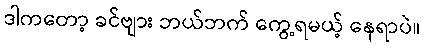
ဒါကတော့ ခင်ဗျား ဘယ်ဘက် ကွေ့ရမယ့် နေရာပဲ။